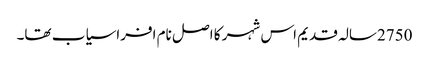
2750سالہ قدیم اس شہر کا اصل نام افراسیاب تھا۔